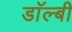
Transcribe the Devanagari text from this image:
डाॅल्बी